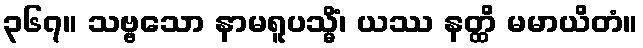
၃၆၇။ သဗ္ဗသော နာမရူပသ္မိံ၊ ယဿ နတ္ထိ မမာယိတံ။